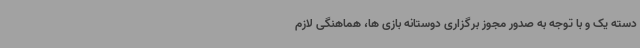
دسته یک و با توجه به صدور مجوز برگزاری دوستانه بازی ها، هماهنگی لازم